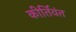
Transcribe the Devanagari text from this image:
कीर्तिवंत